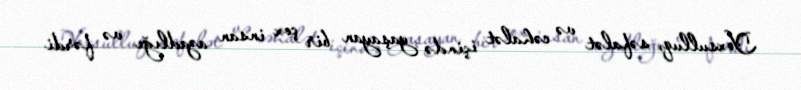
Yoxsulluq, səfalət və cəhalət içində yaşayan bir çox insan azadlığı və fərdi